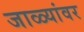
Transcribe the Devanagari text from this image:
जाळ्यांवर